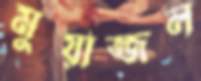
মুয়াজ্জল